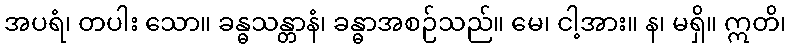
အပရံ၊ တပါး သော။ ခန္ဓသန္တာနံ၊ ခန္ဓာအစဉ်သည်။ မေ၊ ငါ့အား။ န၊ မရှိ။ ဣတိ၊